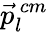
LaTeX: \vec{p}_{l}^{\, cm}